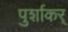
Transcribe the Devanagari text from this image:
पुर्शाकर्